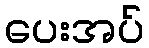
ပေးအပ်